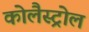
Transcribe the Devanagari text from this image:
कोलैस्ट्रोल